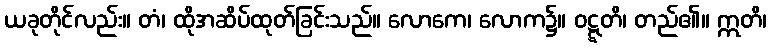
ယခုတိုင်လည်း။ တံ၊ ထိုအဆိပ်ထုတ်ခြင်းသည်။ လောကေ၊ လောက၌။ ဝဋ္ဋတိ၊ တည်၏။ ဣတိ၊